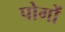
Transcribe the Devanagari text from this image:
पोगों